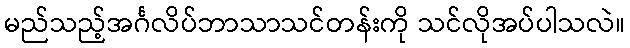
မည်သည့်အင်္ဂလိပ်ဘာသာသင်တန်းကို သင်လိုအပ်ပါသလဲ။